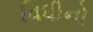
વિધીનો